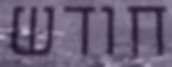
חודש